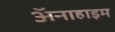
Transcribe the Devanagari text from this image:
अॅनाहाइम